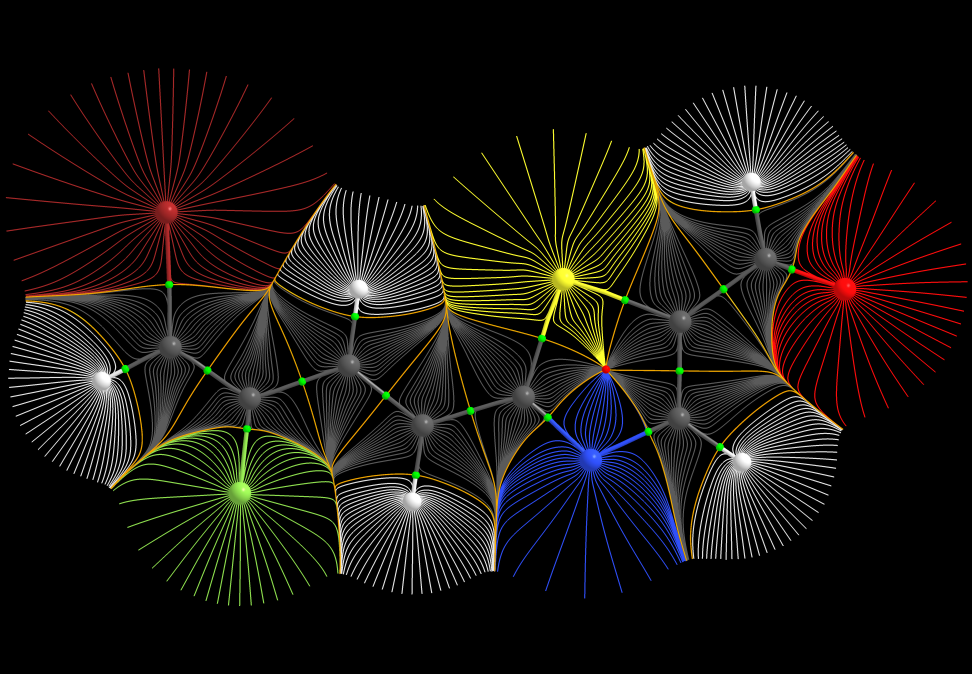
aimaii, QTAIM,gradient paths